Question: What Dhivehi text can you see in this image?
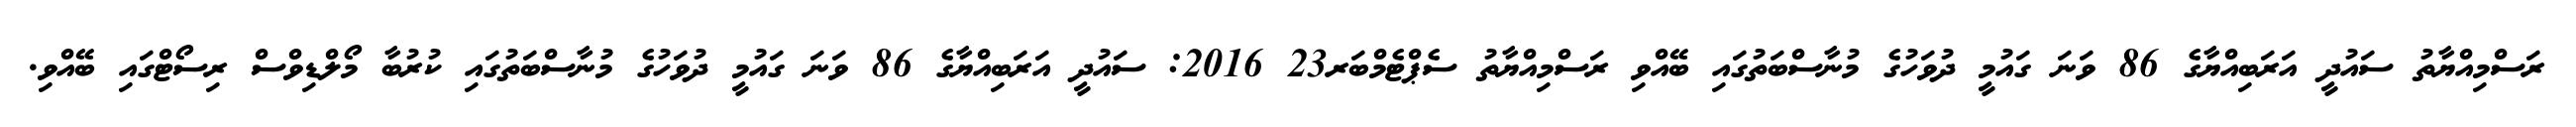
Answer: ރަސްމިއްޔާތު ސައުދީ އަރަބިއްޔާގެ 86 ވަނަ ގައުމީ ދުވަހުގެ މުނާސްބަތުގައި ބޭއްވި ރަސްމިއްޔާތު ސެޕްޓެމްބަރ23 2016: ސައުދީ އަރަބިއްޔާގެ 86 ވަނަ ގައުމީ ދުވަހުގެ މުނާސްބަތުގައި ކުރުބާ މޯލްޑިވްސް ރިސޯޓްގައި ބޭއްވި.